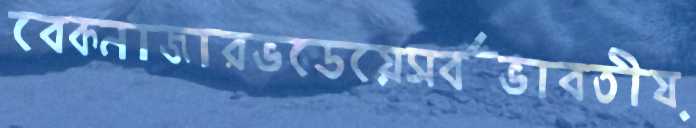
বেকনাজারভডেয়েসর্বভারতীয়